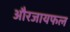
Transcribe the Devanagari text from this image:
औरजायफल